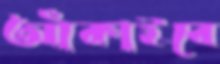
আঁকাইবে